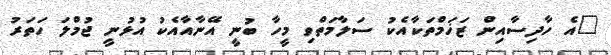
"އެ ހާދިސާއިން ޒަޚަމްތަކާއެކު ސަލާމަތްވި މީހާ ބުނީ އޭނާއާއެކު އުޅުނީ ޖުމްލަ ހަތަރު